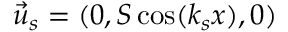
\vec { u } _ { s } = ( 0 , S \cos ( k _ { s } x ) , 0 )